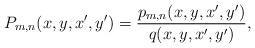
LaTeX: \begin{align*} P _ { m , n } ( x , y , x ' , y ' ) = \frac { p _ { m , n } ( x , y , x ' , y ' ) } { q ( x , y , x ' , y ' ) } ,\end{align*}